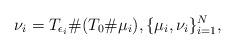
LaTeX: \begin{align*}{} \nu_{i}=T_{\epsilon_i}\#(T_0\#\mu_i), \{\mu_i,\nu_i\}_{i=1}^N,\end{align*}